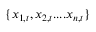
\{ x _ { 1 , t } , x _ { 2 , t } . . . . x _ { n , t } \}